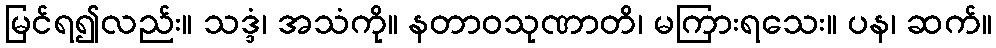
မြင်ရ၍လည်း။ သဒ္ဒံ၊ အသံကို။ နတာဝသုဏာတိ၊ မကြားရသေး။ ပန၊ ဆက်။